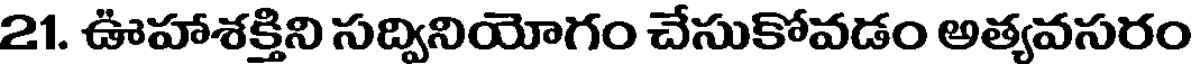
21. ఊహాశక్తిని సద్వినియోగం చేసుకోవడం అత్యవసరం